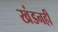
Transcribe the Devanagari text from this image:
खंडनही